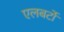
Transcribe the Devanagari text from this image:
एलबर्टो